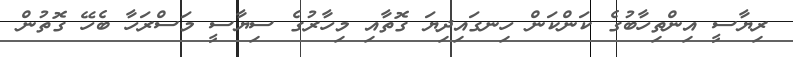
ރިޔާސީ އިންތިހާބުގެ ކަންކަން ހިނގައިދިޔަ ގޮތާއި މިހާރުގެ ސިޔާސީ މަސްރަހާ ބެހޭ ގޮތުން